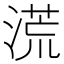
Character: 𣺬